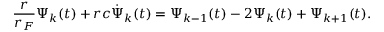
\frac { r } { r _ { F } } \Psi _ { k } ( t ) + r c \dot { \Psi } _ { k } ( t ) = \Psi _ { k - 1 } ( t ) - 2 \Psi _ { k } ( t ) + \Psi _ { k + 1 } ( t ) .